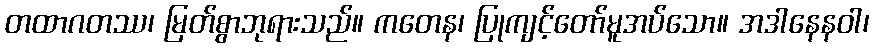
တထာဂတဿ၊ မြတ်စွာဘုရားသည်။ ကတေန၊ ပြုကျင့်တော်မူအပ်သော။ အဒါနေနဝါ၊